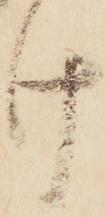
け